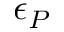
\epsilon _ { P }